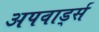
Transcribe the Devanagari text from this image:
अपवार्ड्स